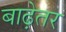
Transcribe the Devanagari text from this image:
बाढ़ेतर